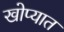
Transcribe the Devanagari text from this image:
खोप्यात